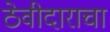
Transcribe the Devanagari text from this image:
ठेवीदाराचा